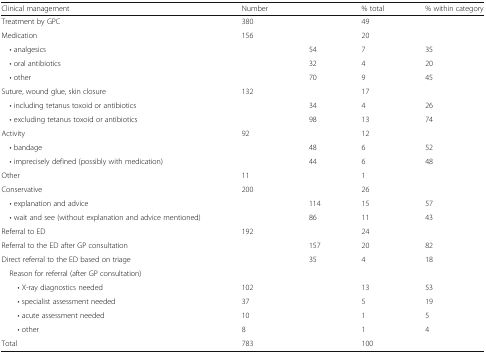
<table><thead><tr><td><b>Clinical management</b></td><td><b>Number</b></td><td></td><td><b>% total</b></td><td><b>% within category</b></td></tr></thead><tbody><tr><td>Treatment by GPC</td><td>380</td><td></td><td>49</td><td></td></tr><tr><td>Medication</td><td>156</td><td></td><td>20</td><td></td></tr><tr><td> • analgesics</td><td></td><td>54</td><td>7</td><td>35</td></tr><tr><td> • oral antibiotics</td><td></td><td>32</td><td>4</td><td>20</td></tr><tr><td> • other</td><td></td><td>70</td><td>9</td><td>45</td></tr><tr><td>Suture, wound glue, skin closure</td><td>132</td><td></td><td>17</td><td></td></tr><tr><td> • including tetanus toxoid or antibiotics</td><td></td><td>34</td><td>4</td><td>26</td></tr><tr><td> • excluding tetanus toxoid or antibiotics</td><td></td><td>98</td><td>13</td><td>74</td></tr><tr><td>Activity</td><td>92</td><td></td><td>12</td><td></td></tr><tr><td> • bandage</td><td></td><td>48</td><td>6</td><td>52</td></tr><tr><td> • imprecisely defined (possibly with medication)</td><td></td><td>44</td><td>6</td><td>48</td></tr><tr><td>Other</td><td>11</td><td></td><td>1</td><td></td></tr><tr><td>Conservative</td><td>200</td><td></td><td>26</td><td></td></tr><tr><td> • explanation and advice</td><td></td><td>114</td><td>15</td><td>57</td></tr><tr><td> • wait and see (without explanation and advice mentioned)</td><td></td><td>86</td><td>11</td><td>43</td></tr><tr><td>Referral to ED</td><td>192</td><td></td><td>24</td><td></td></tr><tr><td>Referral to the ED after GP consultation</td><td></td><td>157</td><td>20</td><td>82</td></tr><tr><td>Direct referral to the ED based on triage</td><td></td><td>35</td><td>4</td><td>18</td></tr><tr><td> Reason for referral (after GP consultation)</td><td></td><td></td><td></td><td></td></tr><tr><td>• X-ray diagnostics needed</td><td>102</td><td></td><td>13</td><td>53</td></tr><tr><td>• specialist assessment needed</td><td>37</td><td></td><td>5</td><td>19</td></tr><tr><td>• acute assessment needed</td><td>10</td><td></td><td>1</td><td>5</td></tr><tr><td>• other</td><td>8</td><td></td><td>1</td><td>4</td></tr><tr><td>Total</td><td>783</td><td></td><td>100</td><td></td></tr></tbody></table>